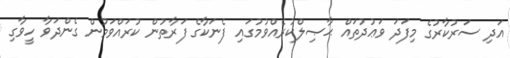
އަދި ސަރުކާރުގެ މިފަދަ ވަޢުދުތައް ޙާޞިލްކުރެއްވުމުގައި ފެނަކާގެ ފަރާތުން ކުރައްވަމުން ގެންދަވާ ހީވާގި